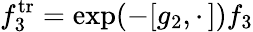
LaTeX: f_{3}^{\mathrm{tr}}=\exp(-[g_{2},\cdot\, ])f_{3}